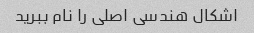
اشکال هندسی اصلی را نام ببرید